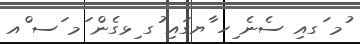
ުމ ަގއި ސެނެ ިހ ާޔގައި ުގ ިޅގެން ަމ ަސ ްއ